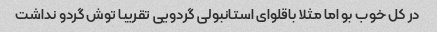
در کل خوب بو اما مثلا باقلوای استانبولی گردویی تقریبا توش گردو نداشت